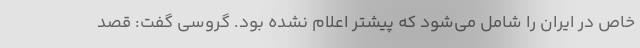
خاص در ایران را شامل می‌شود که پیشتر اعلام نشده بود. گروسی گفت: قصد